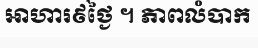
អាហារ៩ថ្ងៃ ។ ភាពលំបាក